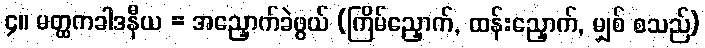
၄။ မတ္ထကခါဒနီယ = အညှောက်ခဲဖွယ် (ကြိမ်ညှောက်, ထန်းညှောက်, မျှစ် စသည်)